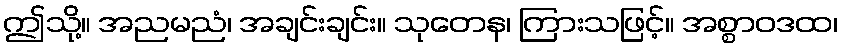
ဤသို့။ အညမညံ၊ အချင်းချင်း။ သုတေန၊ ကြားသဖြင့်။ အစ္စာဝဒထ၊